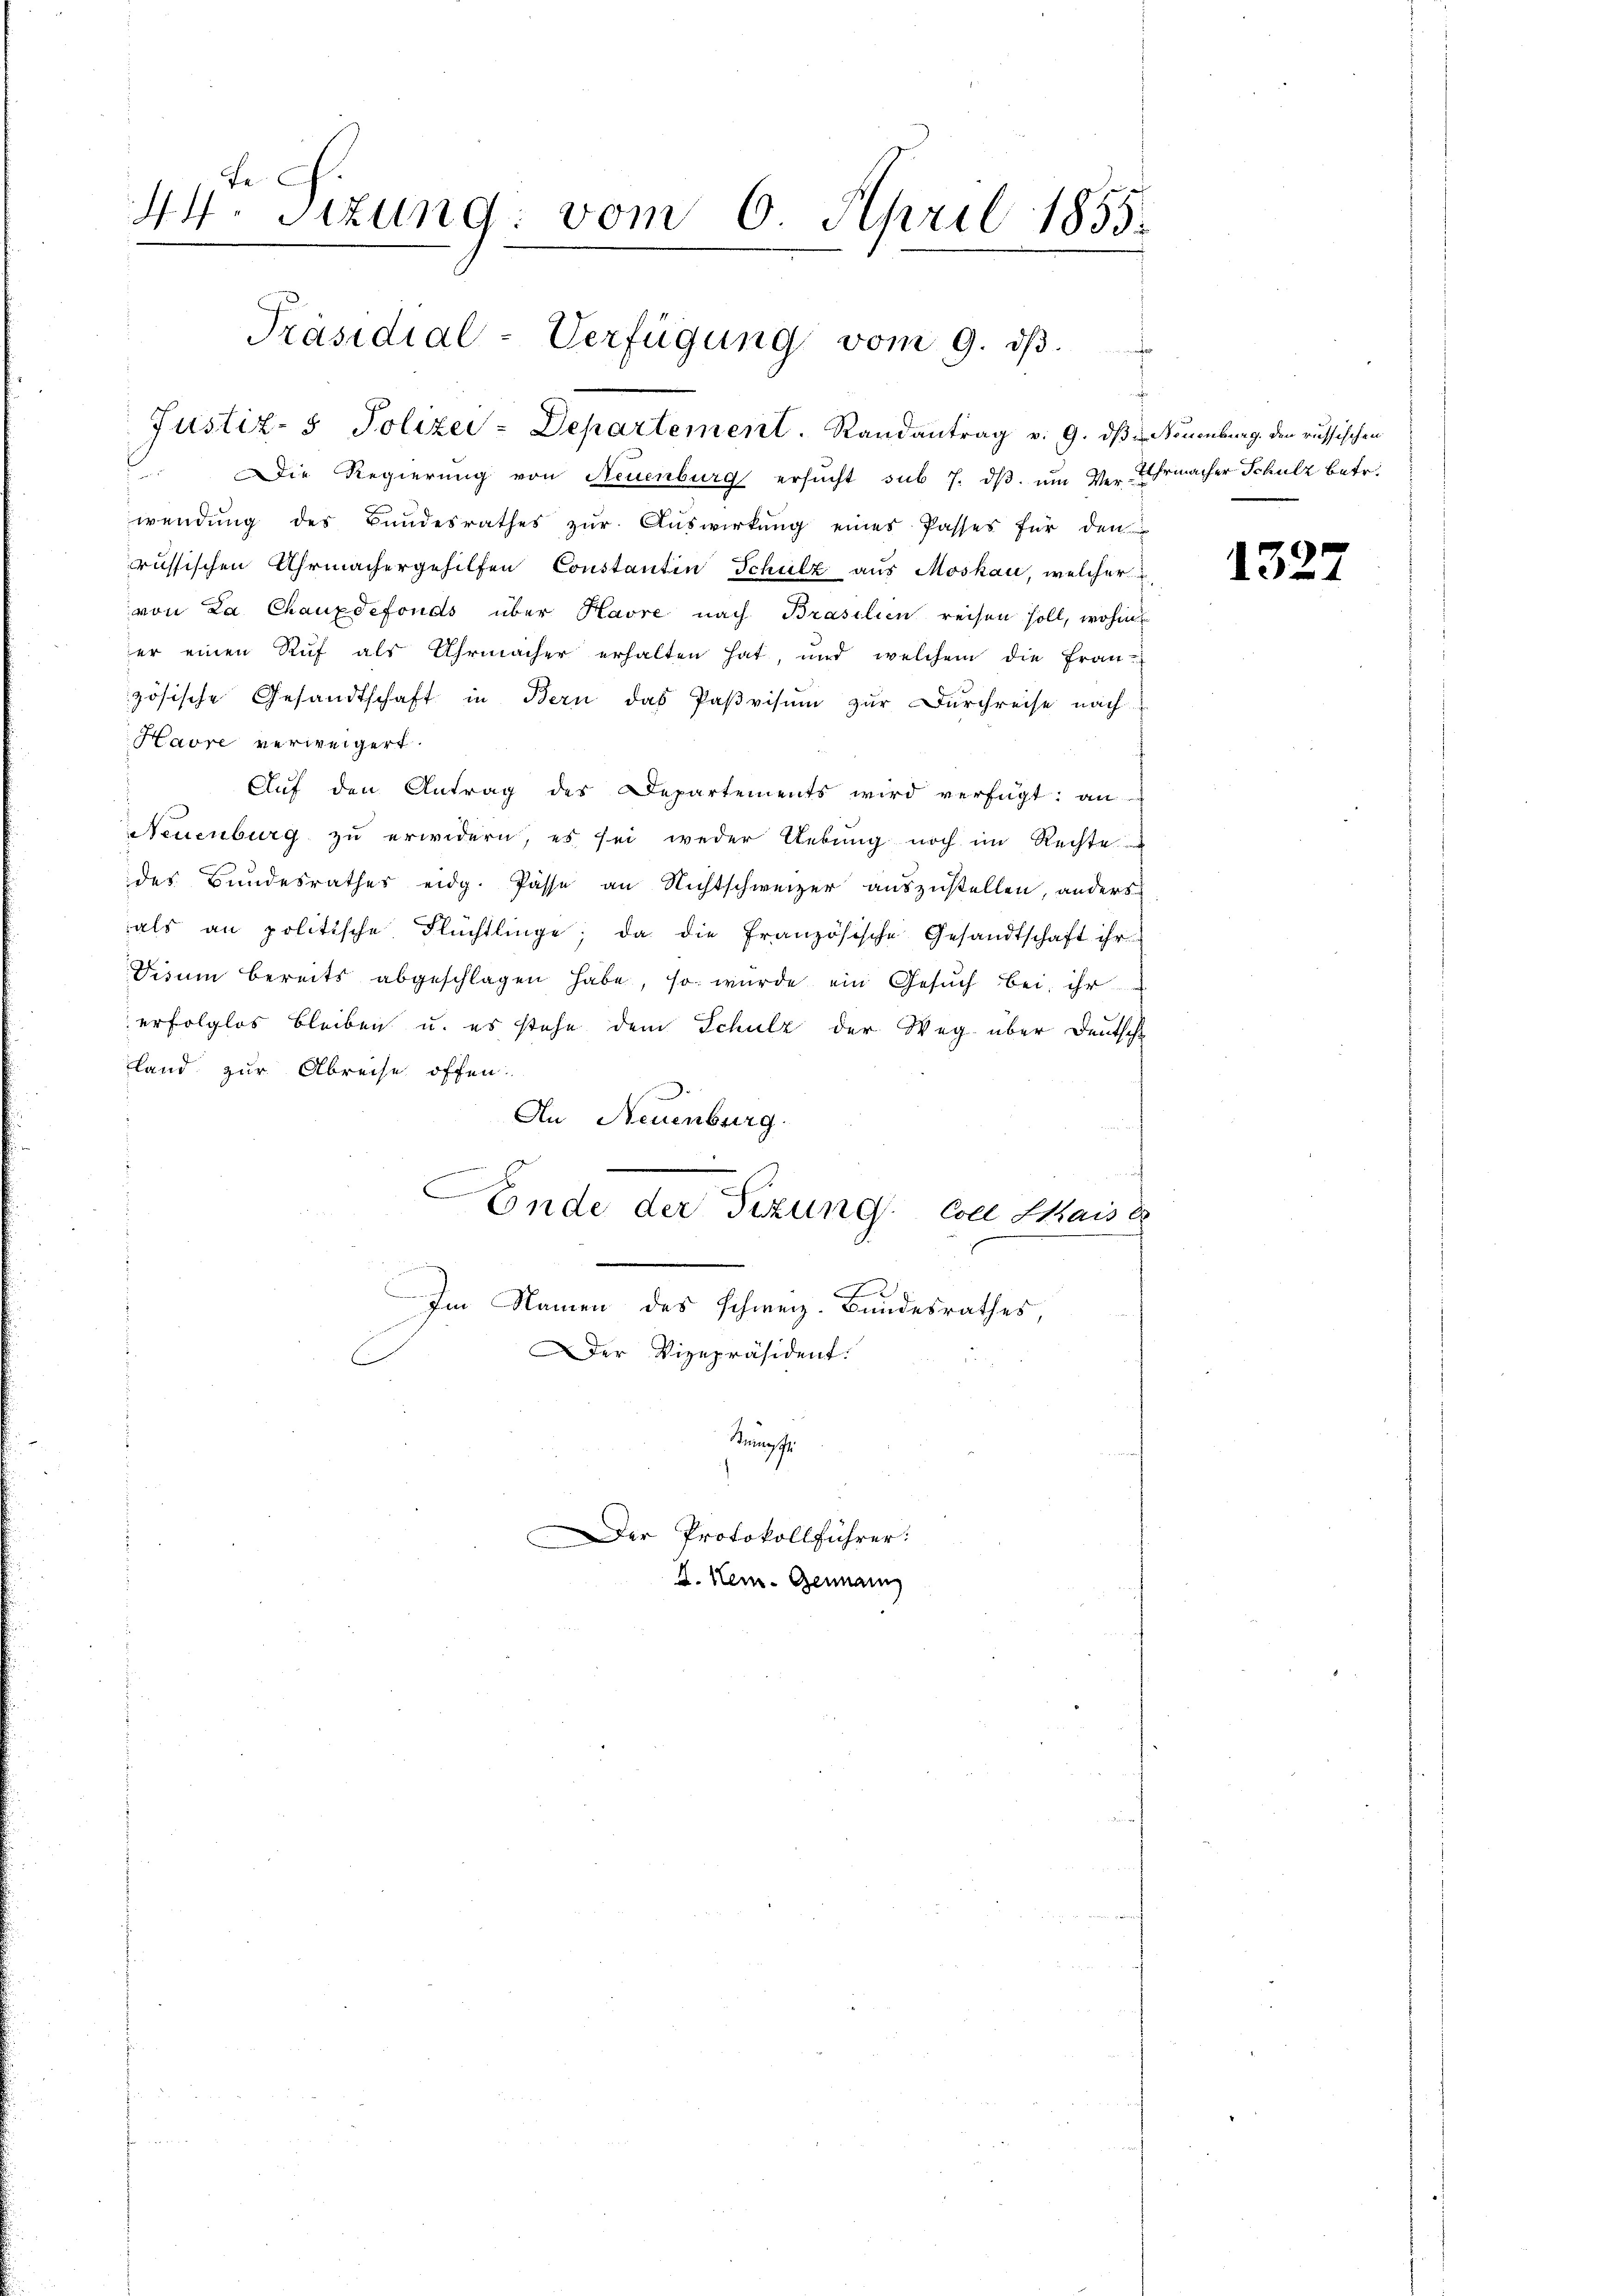
44. Sizung: vom 6. April 1855.
Präsidial-Verfügŭng vom 9. dβ.

Justiz- & Polizei-Departement. Randantrag v. 9. dβ u Neuenburg. den russischen

l.
Die Regierung von Neuenburg ersucht sub 7. dβ. ŭm Ver-Uhrmacher Schulz betr.
wendung des Bundesrathes zŭr Aŭswirkŭng eines Passes für den
russischen Uhrmachergehilfen Constantin Schulz aus Moskau, welcher u
von La Chauxdefonds über Havre nach Brasilien reisen soll, wohin
er einen Ruf als Uhrmacher erhalten hat, und welchem die Französische Gesandtschaft in Bern das Paßvisum zur Durchreise nach
Havre verweigert.
Auf den Antrag des Departements wird verfügt: an
Neuenburg zu erwidern, es sei weder Uebŭng noch im Rechte
des Bundesrathes eidg. Pässe an Nichtschweizer auszustellen, anders
als an politische Flüchtlinge; da die französische Gesandtschaft ihr
Visum bereits abgeschlagen habe, so wurde ein Gesŭch bei ihr
erfolglos bleiben u. es stehe dem Schulz der Weg über Deutsche
land zur Abreise offen
An Neuenburg.
Konde der Sitzung Coel Kaise
e
Im Namen des Schweiz. Bundesrathes,
Der Vizepräsident.
Krung

Der Protokollführer:
I. Heu- Genann

2

1327